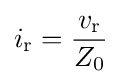
i_{\mathrm {r} }={\frac {v_{\mathrm {r} }}{Z_{0}}}